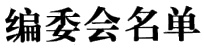
编委会名单